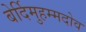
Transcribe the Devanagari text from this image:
बेर्दिमुहम्मदोव